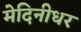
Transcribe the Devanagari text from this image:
मेदिनीधर